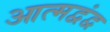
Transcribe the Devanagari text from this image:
आत्मद्वंद्व